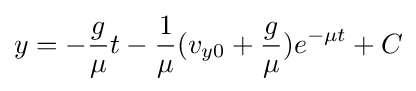
y=-{\frac {g}{\mu }}t-{\frac {1}{\mu }}(v_{y0}+{\frac {g}{\mu }})e^{-\mu t}+C